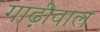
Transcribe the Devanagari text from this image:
गाढ़ीवाल